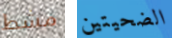
مشط الضحيتين